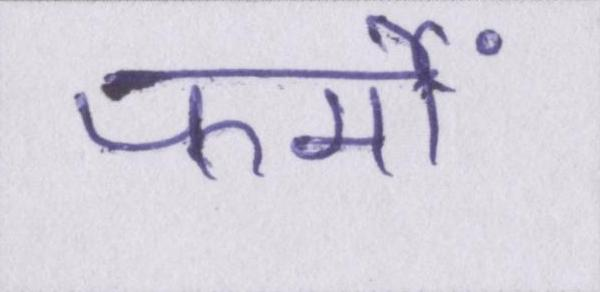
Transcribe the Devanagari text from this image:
फर्मों